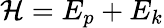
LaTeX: {\cal H}=E_{p}+E_{k}